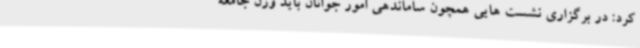
کرد: در برگزاری نشست هایی همچون ساماندهی امور جوانان باید وزن جامعه